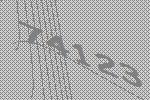
74123